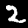
Digit: 2